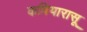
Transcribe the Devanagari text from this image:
कवियारासू